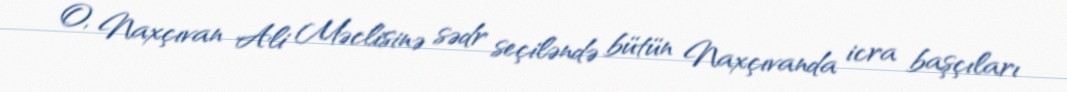
O, Naxçıvan Ali Məclisinə sədr seçiləndə bütün Naxçıvanda icra başçıları